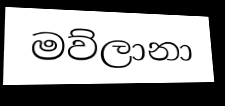
මව්ලානා